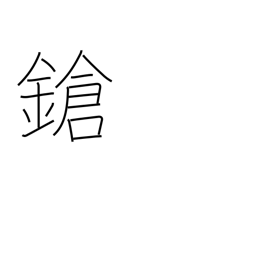
Meaning: lance